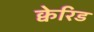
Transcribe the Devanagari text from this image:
क्वेरिड